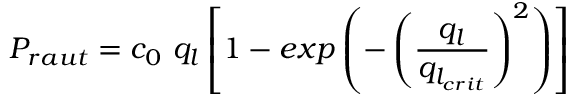
P _ { r a u t } = c _ { 0 } ~ q _ { l } \left[ 1 - e x p \left( - \left( \frac { q _ { l } } { q _ { l _ { c r i t } } } \right) ^ { 2 } \right) \right]